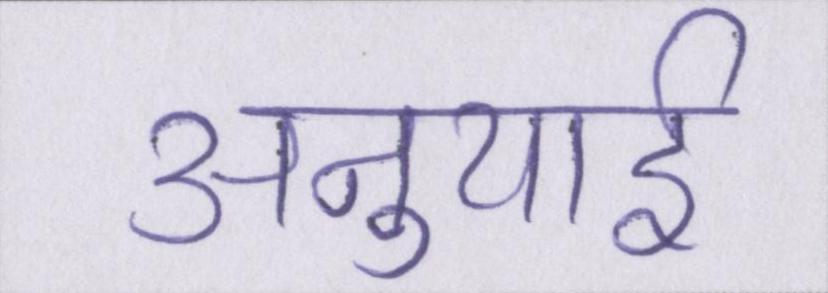
अनुयाई